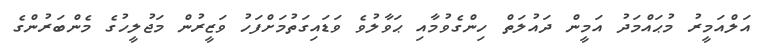
އަލްއަމީރު މުޙައްމަދު އަމީން ދައުލަތް ހިންގެވުމާއި ޙަވާލުވެ ވަޑައިގަތުމަށްފަހު ވަޒީރުން މަޖުލީހުގެ މެންބަރުންގެ